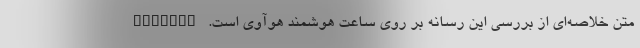
متن خلاصه‌ای از بررسی این رسانه بر روی ساعت هوشمند هوآوی است. Android